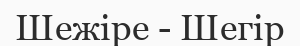
Шежіре - Шегір